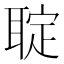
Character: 聢